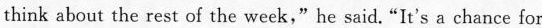
think about the rest of the week,"he said."It's a chance for